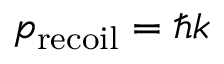
p _ { \mathrm { r e c o i l } } = \hbar k